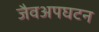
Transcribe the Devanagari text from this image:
जैवअपघटन